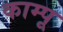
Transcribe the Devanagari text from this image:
काम्पू